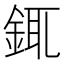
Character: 銸